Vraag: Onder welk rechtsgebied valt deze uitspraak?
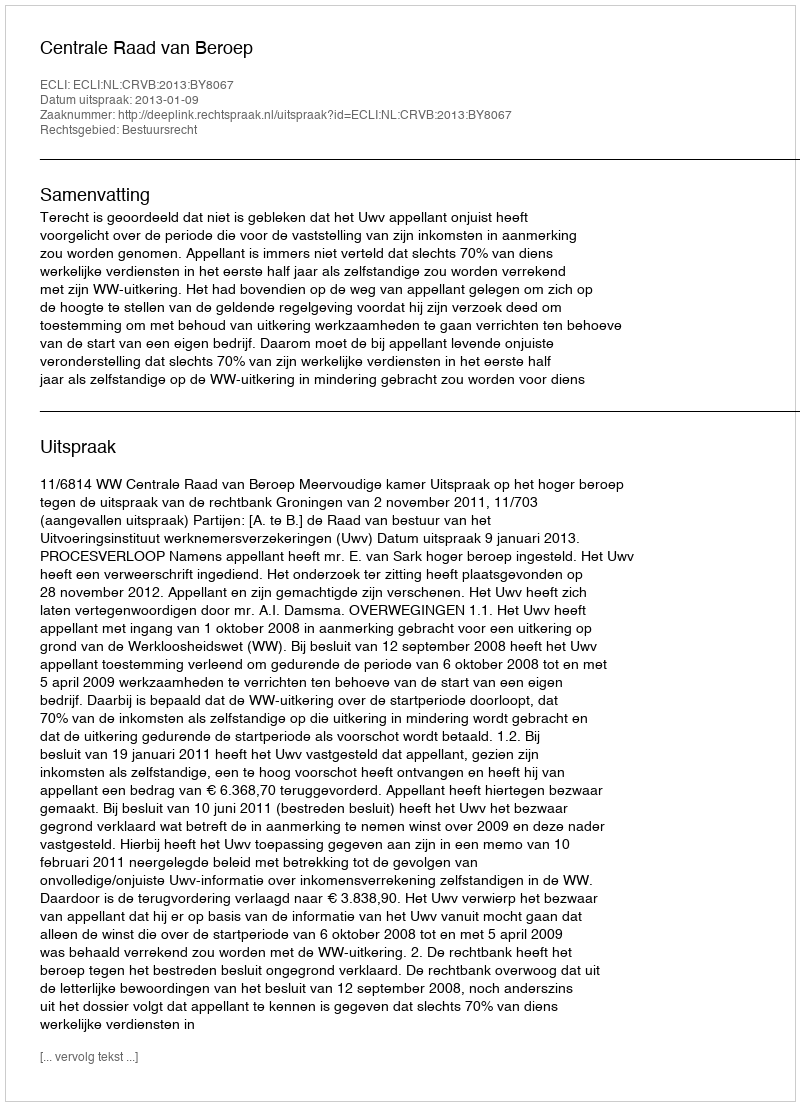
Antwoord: Bestuursrecht